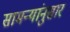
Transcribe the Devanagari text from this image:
सामन्यांनुसार